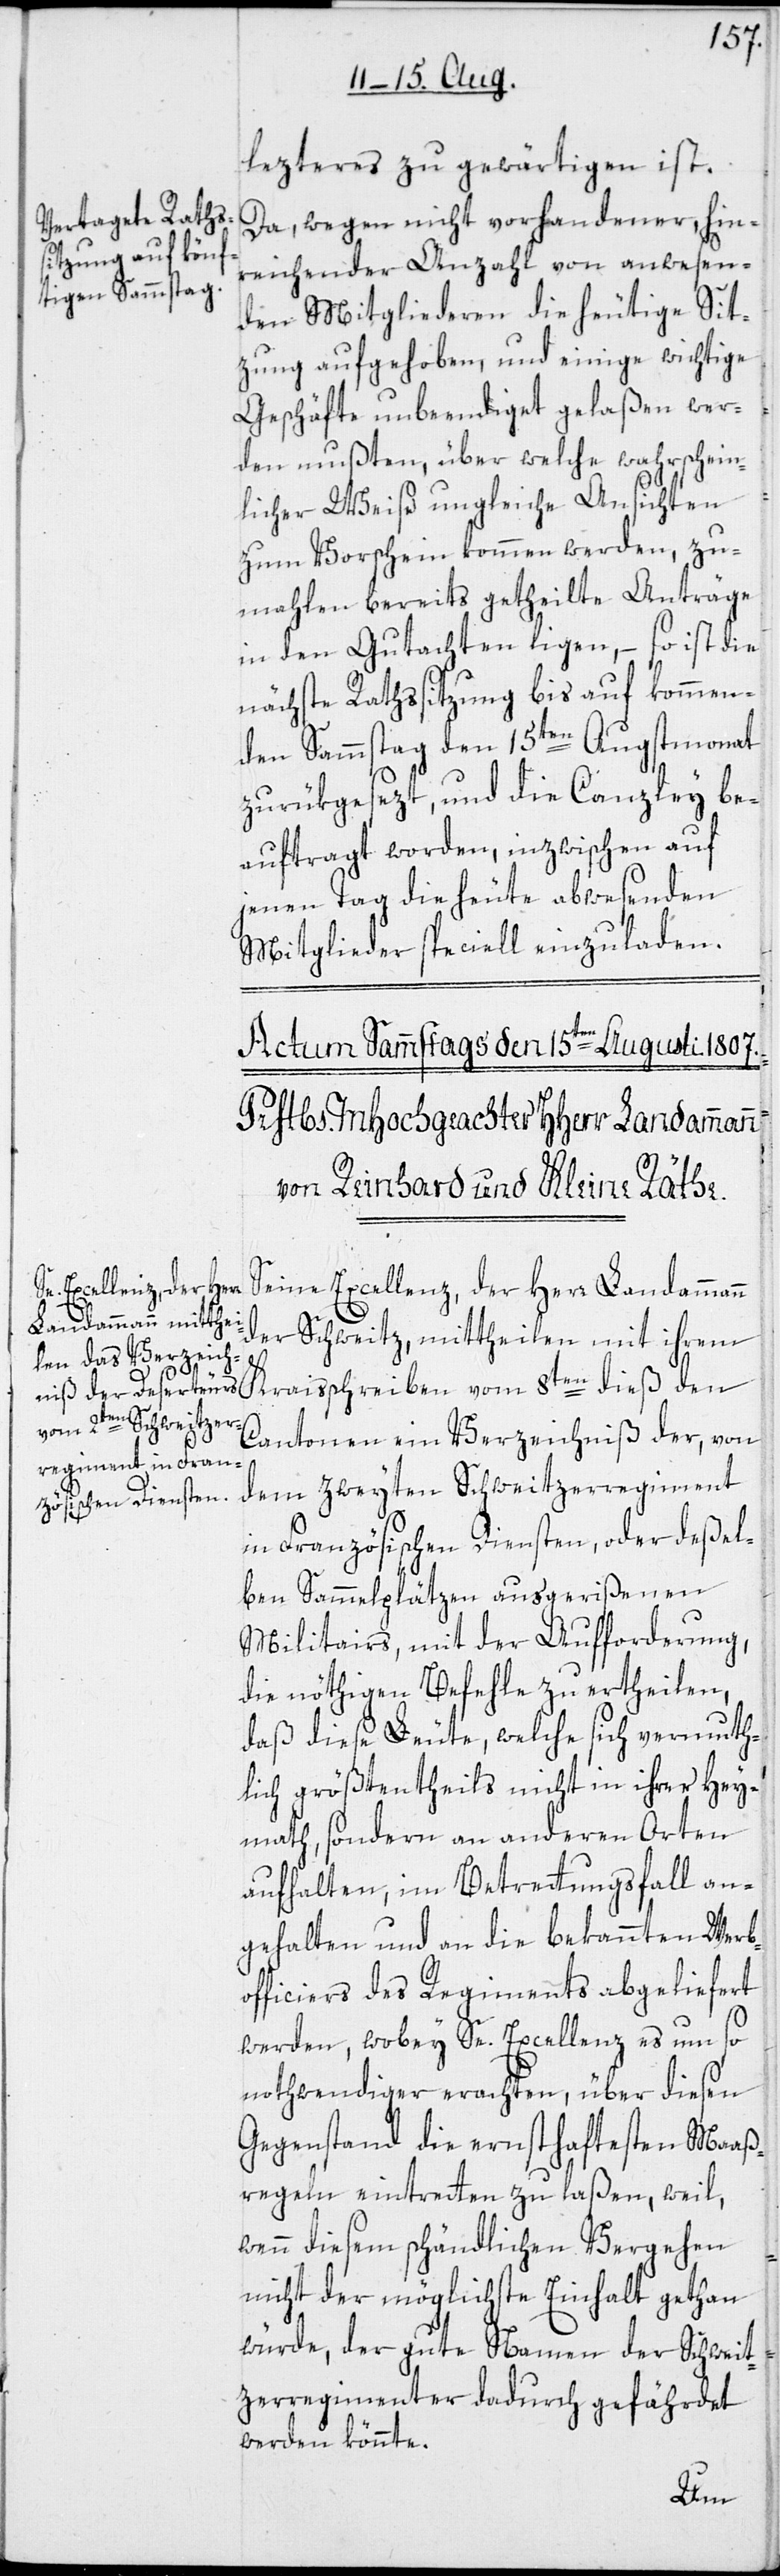
lezteres zu gewärtigen ist.
Da, wegen nicht vorhandener, hin¬
eichender Anzahl von anwesen¬
den Mitgliederen die heutige Sit¬
zung aufgehoben, und einige wichtige
Geschäfte unbeendiget gelaßen wer¬
den mußten, über welche wahrschein¬
licher Weise ungleiche Ansichten
zum Vorschein kommen werden, zu¬
mahlen bereits getheilte Anträge
in den Gutachten ligen, – so ist die
nächste Rathssitzung bis auf kommen¬
den Sammstag den 15ten Augstmonat
zurükgesezt, und die Canzley be¬
auftragt worden, inzwischen auf
jenen Tag die heute abwesenden
Mitglieder speciell einzuladen.
Seine Excellenz, der Herr Landammann
der Schweitz, mittheilen, mit ihrem
Kraisschreiben vom 8ten dieß den
Cantonen ein Verzeichniß der, von
dem zweyten Schweitzerregiment
in Französischen Diensten, oder deßel¬
ben Sammelplätzen ausgerißenen
Militairs, mit der Aufforderung,
die nöthigen Befehle zu ertheilen,
daß diese Leute, welche sich vermuth¬
lich größtentheils nicht in ihrer Hey¬
math, sondern an anderen Orten
aufhalten, im Betrettungsfall an¬
gehalten und an die bekannten Werb¬
officiers des Regiments abgelieferet
werden, wobey Se. Excellenz es um so
nothwendiger erachten, über diesen
Gegenstand die ernsthaftesten Maaß¬
regeln eintretten zu laßen, weil,
wenn diesem schändlichen Vergehen
nicht der möglichste Einhalt gethan
würde, der gute Namen der Schweit¬
zerregimenter dadurch gefährdet
werden könnte.